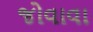
જોવાવા